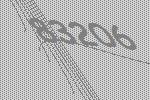
83206